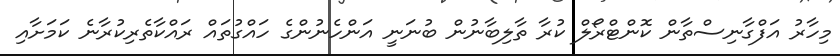
މިހާރު އަފްގާނިސްތާން ކޮންޓްރޯލް ކުރާ ތާލިބާނުން ބުނަނީ އަންހެނުންގެ ހައްގުތައް ރައްކާތެރިކުރާނެ ކަމަށާއި